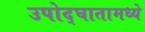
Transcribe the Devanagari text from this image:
उपोद्‌घातामध्ये